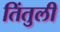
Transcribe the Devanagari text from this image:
तिंतुली